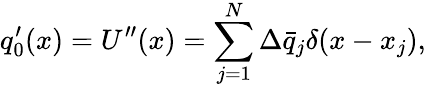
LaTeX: q_{0}^{\prime}(x)=U^{\prime\prime}(x)=\sum_{j=1}^{N}\Delta\bar{q}_{j}\delta(x-x_{j}),